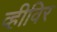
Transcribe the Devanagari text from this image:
व्हीविर